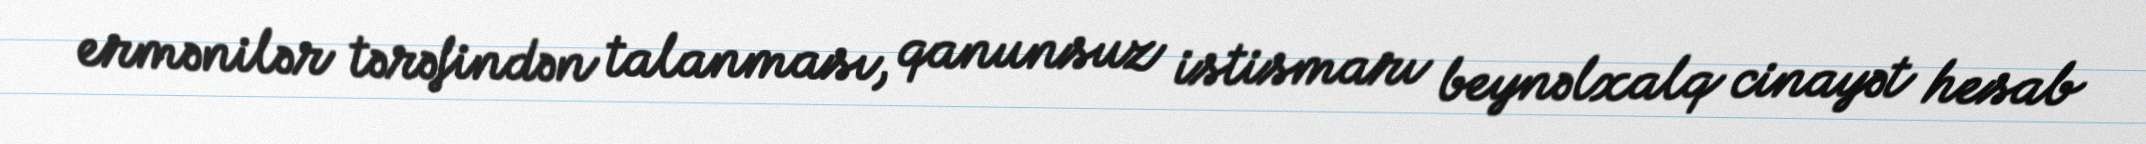
ermənilər tərəfindən talanması, qanunsuz istismarı beynəlxalq cinayət hesab